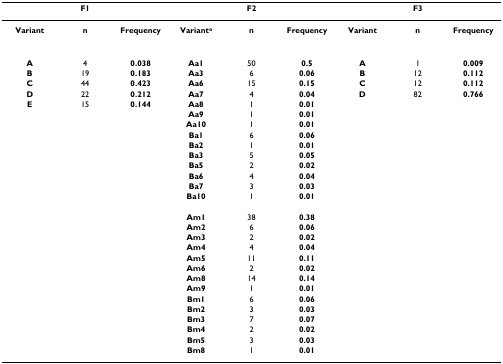
| <COLSPAN=3> F1 | <COLSPAN=3> F2 | <COLSPAN=3> F3 |
 | --- | --- | --- | --- | --- | --- | --- | --- | --- |
 | Variant | n | Frequency | Varianta | n | Frequency | Variant | n | Frequency |
 | A | 4 | 0.038 | Aa1 | 50 | 0.5 | A | 1 | 0.009 |
 | B | 19 | 0.183 | Aa3 | 6 | 0.06 | B | 12 | 0.112 |
 | C | 44 | 0.423 | Aa6 | 15 | 0.15 | C | 12 | 0.112 |
 | D | 22 | 0.212 | Aa7 | 4 | 0.04 | D | 82 | 0.766 |
 | E | 15 | 0.144 | Aa8 | 1 | 0.01 |  |  |  |
 |  |  |  | Aa9 | 1 | 0.01 |  |  |  |
 |  |  |  | Aa10 | 1 | 0.01 |  |  |  |
 |  |  |  | Ba1 | 6 | 0.06 |  |  |  |
 |  |  |  | Ba2 | 1 | 0.01 |  |  |  |
 |  |  |  | Ba3 | 5 | 0.05 |  |  |  |
 |  |  |  | Ba5 | 2 | 0.02 |  |  |  |
 |  |  |  | Ba6 | 4 | 0.04 |  |  |  |
 |  |  |  | Ba7 | 3 | 0.03 |  |  |  |
 |  |  |  | Ba10 | 1 | 0.01 |  |  |  |
 |  |  |  | Am1 | 38 | 0.38 |  |  |  |
 |  |  |  | Am2 | 6 | 0.06 |  |  |  |
 |  |  |  | Am3 | 2 | 0.02 |  |  |  |
 |  |  |  | Am4 | 4 | 0.04 |  |  |  |
 |  |  |  | Am5 | 11 | 0.11 |  |  |  |
 |  |  |  | Am6 | 2 | 0.02 |  |  |  |
 |  |  |  | Am8 | 14 | 0.14 |  |  |  |
 |  |  |  | Am9 | 1 | 0.01 |  |  |  |
 |  |  |  | Bm1 | 6 | 0.06 |  |  |  |
 |  |  |  | Bm2 | 3 | 0.03 |  |  |  |
 |  |  |  | Bm3 | 7 | 0.07 |  |  |  |
 |  |  |  | Bm4 | 2 | 0.02 |  |  |  |
 |  |  |  | Bm5 | 3 | 0.03 |  |  |  |
 |  |  |  | Bm8 | 1 | 0.01 |  |  |  |